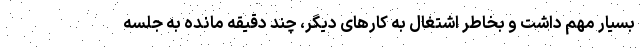
بسیار مهم داشت و بخاطر اشتغال به کارهای دیگر، چند دقیقه مانده به جلسه